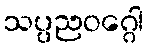
သပ္ပညဝဂ္ဂေါ